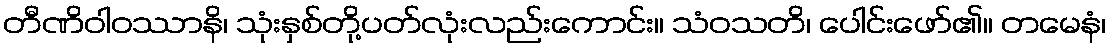
တီဏိဝါဝဿာနိ၊ သုံးနှစ်တို့ပတ်လုံးလည်းကောင်း။ သံဝသတိ၊ ပေါင်းဖော်၏။ တမေနံ၊